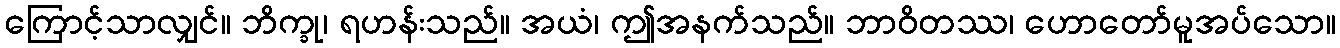
ကြောင့်သာလျှင်။ ဘိက္ခု၊ ရဟန်းသည်။ အယံ၊ ဤအနက်သည်။ ဘာဝိတဿ၊ ဟောတော်မူအပ်သော။